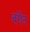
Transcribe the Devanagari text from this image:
बर्गेन